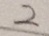
2